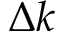
\Delta k